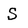
Character: S